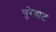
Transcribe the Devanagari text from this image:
पुरेवाट